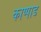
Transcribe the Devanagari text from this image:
काप्पाड